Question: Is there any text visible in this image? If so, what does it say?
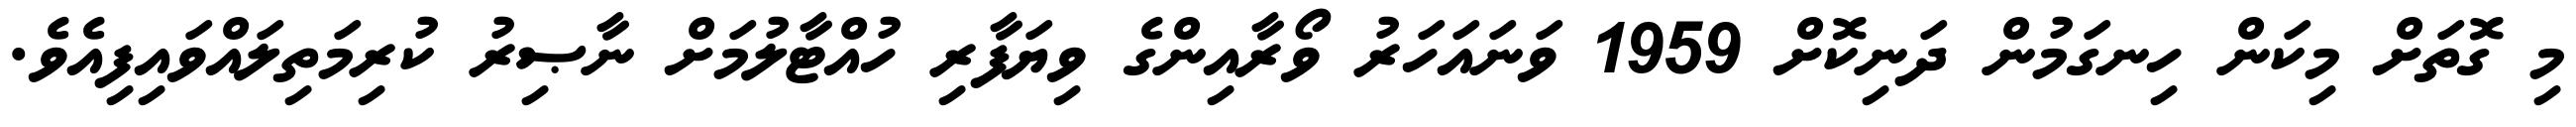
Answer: މި ގޮތަށް މިކަން ހިނގަމުން ދަނިކޮށް 1959 ވަނައަހަރު ވޯރާއިންގެ ވިޔަފާރި ހުއްޓާލުމަށް ނާޞިރު ކުރިމަތިލައްވައިފިއެވެ.